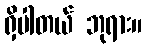
ရှိပါတယ် ဘုရား။